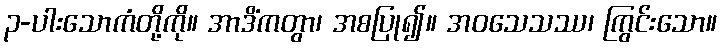
၃-ပါးသောကံတို့ကို။ အာဒိံကတွာ၊ အစပြု၍။ အဝသေသဿ၊ ကြွင်းသော။